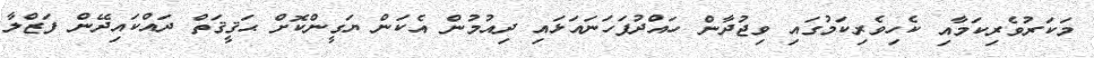
މަކަރުވެރިކަމާއި ކެހިވެރިކަމުގައި ވިޖުދާން ހައްދުފަހަނައަޅައި ދިއުމުން އެކަން ޔަގީންކޮށް ޙަޤީޤަތް ދައްކައިދޭން ފަޒްލާ